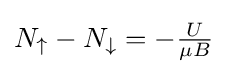
N_{\uparrow }-N_{\downarrow }=-{\tfrac {U}{\mu B}}